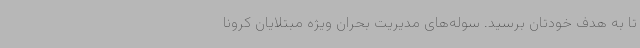
تا به هدف خودتان برسید. سوله‌های مدیریت بحران ویژه مبتلایان کرونا